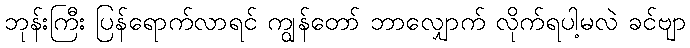
ဘုန်းကြီး ပြန်ရောက်လာရင် ကျွန်တော် ဘာလျှောက် လိုက်ရပါ့မလဲ ခင်ဗျာ